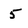
Character: 5